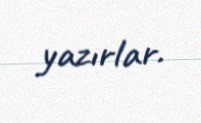
yazırlar.